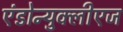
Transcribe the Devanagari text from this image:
एंडोन्युक्लीएज